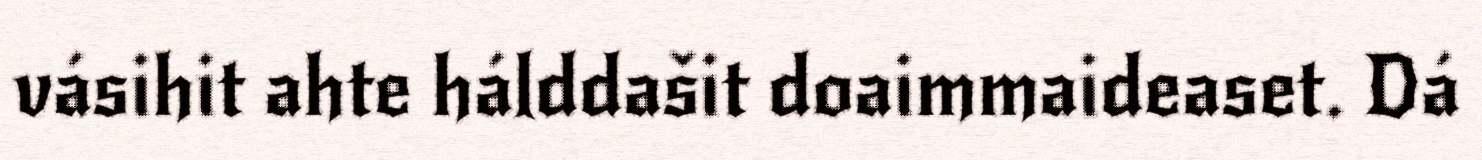
vásihit ahte hálddašit doaimmaideaset. Dá